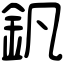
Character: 釩